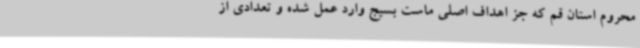
محروم استان قم که جز اهداف اصلی ماست بسیج وارد عمل شده و تعدادی از